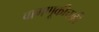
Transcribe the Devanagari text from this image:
वागणूकीचाही